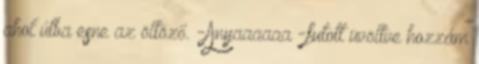
ahol útba esne az öltöző. -Anyaaaaaa -futott üvöltve hozzám